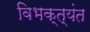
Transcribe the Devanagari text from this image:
विभक्त्यंत